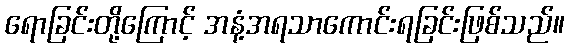
ရောခြင်းတို့ကြောင့် အနံ့အရသာကောင်းရခြင်းဖြစ်သည်။